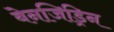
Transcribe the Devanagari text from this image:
बेनजिड्रिन